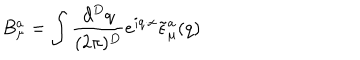
LaTeX: B _ { \mu } ^ { a } = \int \frac { d ^ { D } q } { ( 2 \pi ) ^ { D } } e ^ { i q \cdot x } \tilde { \epsilon } _ { \mu } ^ { a } ( q )